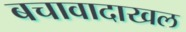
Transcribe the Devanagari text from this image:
बचावादाखल